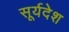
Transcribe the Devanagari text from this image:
सूर्यदेश